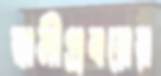
স্বামীপ্রবরের